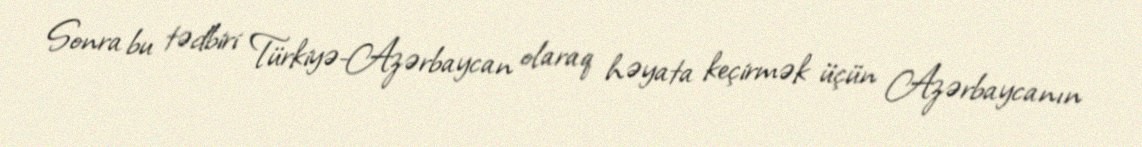
Sonra bu tədbiri Türkiyə-Azərbaycan olaraq həyata keçirmək üçün Azərbaycanın